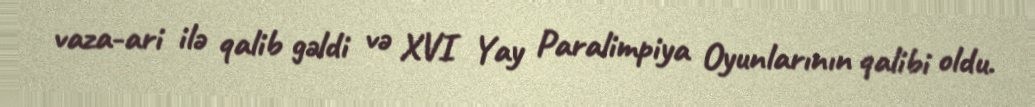
vaza-ari ilə qalib gəldi və XVI Yay Paralimpiya Oyunlarının qalibi oldu.